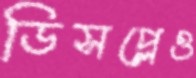
ডিসপ্লেও